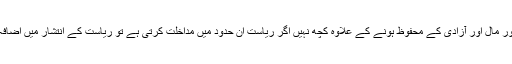
ریاست کا مقصد لوگوں کی جان اور مال اور آزادی کے محفوظ ہونے کے علاوہ کچھ نہیں اگر ریاست ان حدود میں مداخلت کرتی ہے تو ریاست کے انتشار میں اضافہ اور اداروں کی بدنامی ہوتی ہے۔